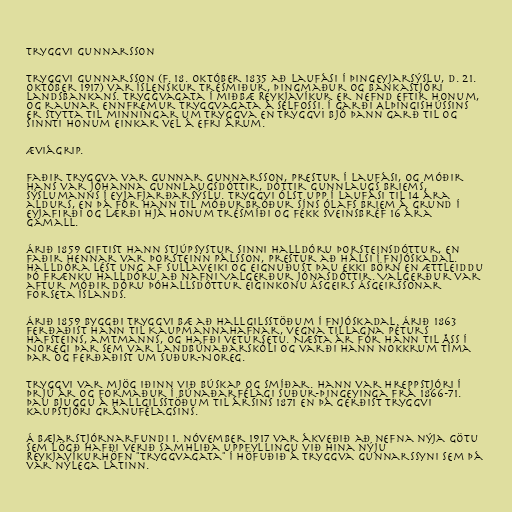
Tryggvi Gunnarsson

Tryggvi Gunnarsson (f. 18. október 1835 að Laufási í Þingeyjarsýslu, d. 21.
október 1917) var íslenskur trésmiður, þingmaður og bankastjóri
Landsbankans. Tryggvagata í miðbæ Reykjavíkur er nefnd eftir honum,
og raunar ennfremur Tryggvagata á Selfossi. Í garði Alþingishússins
er stytta til minningar um Tryggva en Tryggvi bjó þann garð til og
sinnti honum einkar vel á efri árum.

Æviágrip.

Faðir Tryggva var Gunnar Gunnarsson, prestur í Laufási, og móðir
hans var Jóhanna Gunnlaugsdóttir, dóttir Gunnlaugs Briems,
sýslumanns í Eyjafjarðarsýslu. Tryggvi ólst upp í Laufási til 14 ára
aldurs, en þá fór hann til móðurbróður síns Ólafs Briem á Grund í
Eyjafirði og lærði hjá honum trésmíði og fékk sveinsbréf 16 ára
gamall.

Árið 1859 giftist hann stjúpsystur sinni Halldóru Þorsteinsdóttur, en
faðir hennar var Þorsteinn Pálsson, prestur að Hálsi í Fnjóskadal.
Halldóra lést ung af sullaveiki og eignuðust þau ekki börn en ættleiddu
þó frænku Halldóru að nafni Valgerður Jónasdóttir. Valgerður var
aftur móðir Dóru Þóhallsdóttur eiginkonu Ásgeirs Ásgeirssonar
forseta Íslands.

Árið 1859 byggði Tryggvi bæ að Hallgilsstöðum í Fnjóskadal. Árið 1863
ferðaðist hann til Kaupmannahafnar, vegna tillagna Péturs
Hafsteins, amtmanns, og hafði vetursetu. Næsta ár fór hann til Åss í
Noregi þar sem var landbúnaðarskóli og varði hann nokkrum tíma
þar og ferðaðist um Suður-Noreg.

Tryggvi var mjög iðinn við búskap og smíðar. Hann var hreppstjóri í
þrjú ár og formaður í Búnaðarfélagi Suður-Þingeyinga frá 1866-71.
Þau bjuggu á Hallgilsstöðum til ársins 1871 en þá gerðist Tryggvi
kaupstjóri Gránufélagsins.

Á bæjarstjórnarfundi 1. nóvember 1917 var ákveðið að nefna nýja götu
sem lögð hafði verið samhliða uppfyllingu við hina nýju
Reykjavíkurhöfn "Tryggvagata" í höfuðið á Tryggva Gunnarssyni sem þá
var nýlega látinn.